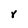
Character: Y